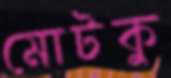
মোটকু